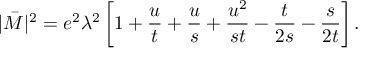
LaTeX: | \bar { M } | ^ { 2 } = e ^ { 2 } \lambda ^ { 2 } \left[ 1 + \frac { u } { t } + \frac { u } { s } + \frac { u ^ { 2 } } { s t } - \frac { t } { 2 s } - \frac { s } { 2 t } \right] .